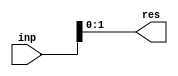
module sign_ext_1 (inp, res);
   parameter signed [31:0]  old_width = 4;
   parameter signed [31:0]  new_width = 2;
   input [old_width - 1 : 0] inp;
   output [new_width - 1 : 0] res;
   wire [new_width-1:0] result;
   assign res = result;
   generate
     if (new_width >= old_width)
       begin:u0
          assign result = { {(new_width-old_width){inp[old_width-1]}}, inp};
       end
     else
       begin:u1
          assign result[new_width-1:0] = inp[new_width-1:0];
       end
   endgenerate
endmodule